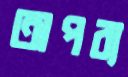
অপব্য